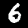
Label: 6